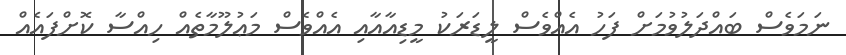
ނަމަވެސް ބައްދަލުވުމަށް ފަހު އެއްވެސް ލީޑަރަކު މީޑިއާއާއި އެއްވެސް މަޢުލޫމާތެއް ހިއްސާ ކޮށްފައެއް